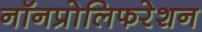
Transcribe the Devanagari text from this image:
नॉनप्रोलिफरेशन